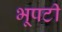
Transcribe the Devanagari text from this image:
भूपटी